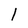
Character: 1